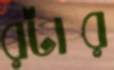
রটার